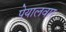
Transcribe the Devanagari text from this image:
पेयालवार